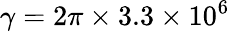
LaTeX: \gamma=2\pi\times 3.3\times 10^{6}